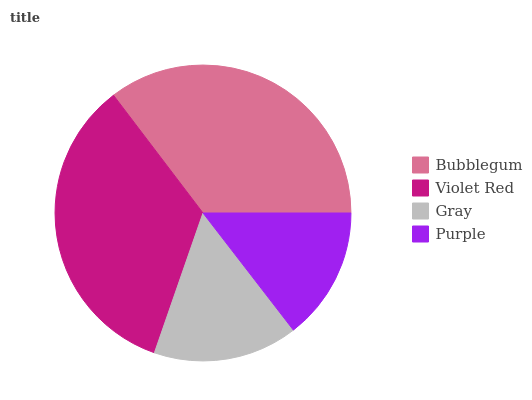
| Bubblegum | Violet Red | Gray | Purple |
 | --- | --- | --- | --- |
 | 35.3% | 34.4% | 15.8% | 14.5% |